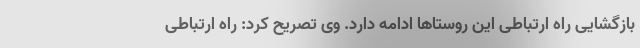
بازگشایی راه ارتباطی این روستاها ادامه دارد. وی تصریح کرد: راه ارتباطی